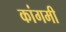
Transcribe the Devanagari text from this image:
कांगमी